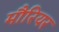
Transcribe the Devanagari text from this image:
मौरियर